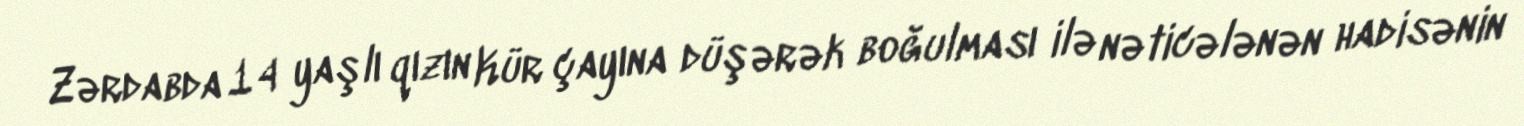
Zərdabda 14 yaşlı qızın Kür çayına düşərək boğulması ilə nəticələnən hadisənin